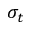
\sigma _ { t }